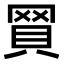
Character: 𧵽